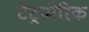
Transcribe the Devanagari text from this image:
टेट्रामेरिक